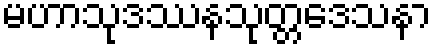
မဟာသုဒဿနသုတ္တဒေသနာ